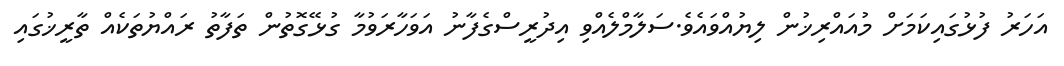
އަހަރު ފުޅުގައިކަމަށް މުއައްރިޚުން ލިޔުއްވައެވެ.ސަލާމްލެއްވި އިދުރީސްގެފާނު އަވަހާރަވުމާ ގުޅޭގޮތުން ތަފާތު ރައްޔުތަކެއް ތާރީޚުގައި